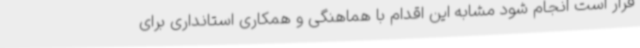
قرار است انجام شود مشابه این اقدام با هماهنگی و همکاری استانداری برای